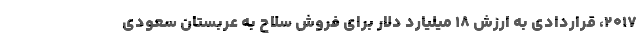
۲۰۱۷، قراردادی به ارزش ۱۸ میلیارد دلار برای فروش سلاح به عربستان سعودی